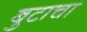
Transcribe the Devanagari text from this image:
बुटाचा